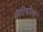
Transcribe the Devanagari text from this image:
वेरियोला